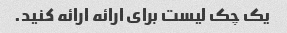
یک چک لیست برای ارائه ارائه کنید.